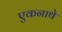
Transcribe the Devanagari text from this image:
एकनाथे